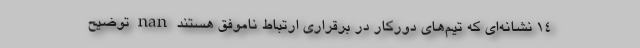
14 نشانه‌ای که تیم‌های دورکار در برقراری ارتباط ناموفق هستند nan توضیح